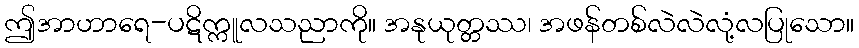
ဤအာဟာရေ-ပဋိက္ကူလသညာကို။ အနုယုတ္တဿ၊ အဖန်တစ်လဲလဲလုံ့လပြုသော။